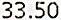
33.50